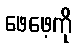
ဖေဖေ့ကို